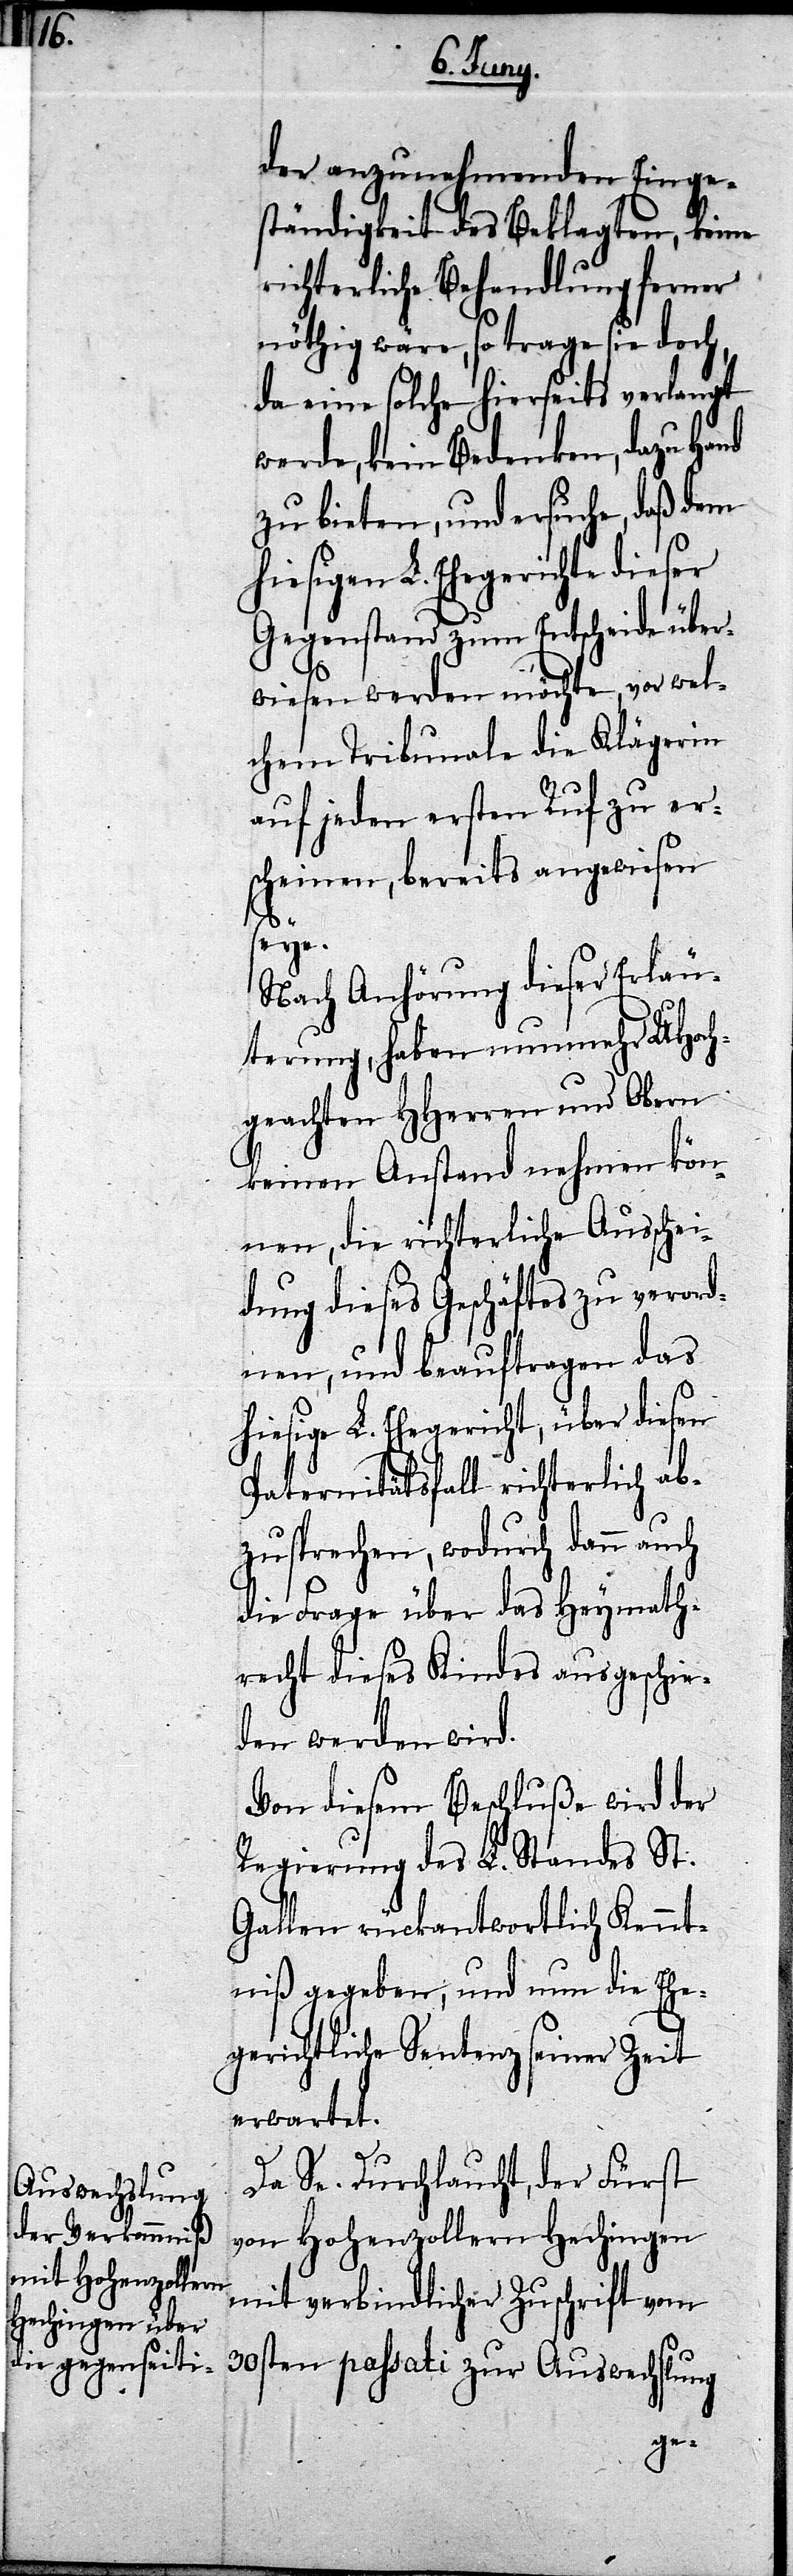
der anzunehmenden Einge¬
ständigkeit des Beklagten, keine
richterliche Behandlung ferner
nöthig wäre, so trage sie doch,
da eine solche hierseits verlangt
werde, keine Bedenken, dazu Hand
zu bieten, und ersuche, daß dem
Gegenstand zum Entscheide über¬
wiesen werden möchte, vor wel¬
chem Tribunale die Klägerin
auf jeden ersten Ruf zu er¬
scheinen, bereits angewiesen
seye.
Nach Anhörung dieser Erläu¬
terung, haben nunmehr UHoch¬
geachten HHerren und Obern
keinen Anstand nehmen kön¬
nen, die richterliche Ausschei¬
dung dieses Geschäftes zu verord¬
nen, und beauftragen das
hiesige L. Ehegericht, über diesen
Paternitätsfall richterlich ab¬
zusprechen, wodurch dann auch
die Frage über das Heymath¬
recht dieses Kindes ausgeschie¬
den werden wird.
Von diesem Beschlußes wird der
Regierung des L. Standes St.
Gallen rückantwortlich Kennt¬
niß gegeben, und nun die Ehe¬
gerichtliche Sentenz seiner Zeit
erwartet.
Da Se. Durchlaucht, der Fürst
von Hohenzollern Hechingen
mit verbindlicher Zuschrift vom
30sten passati zur Auswechslung